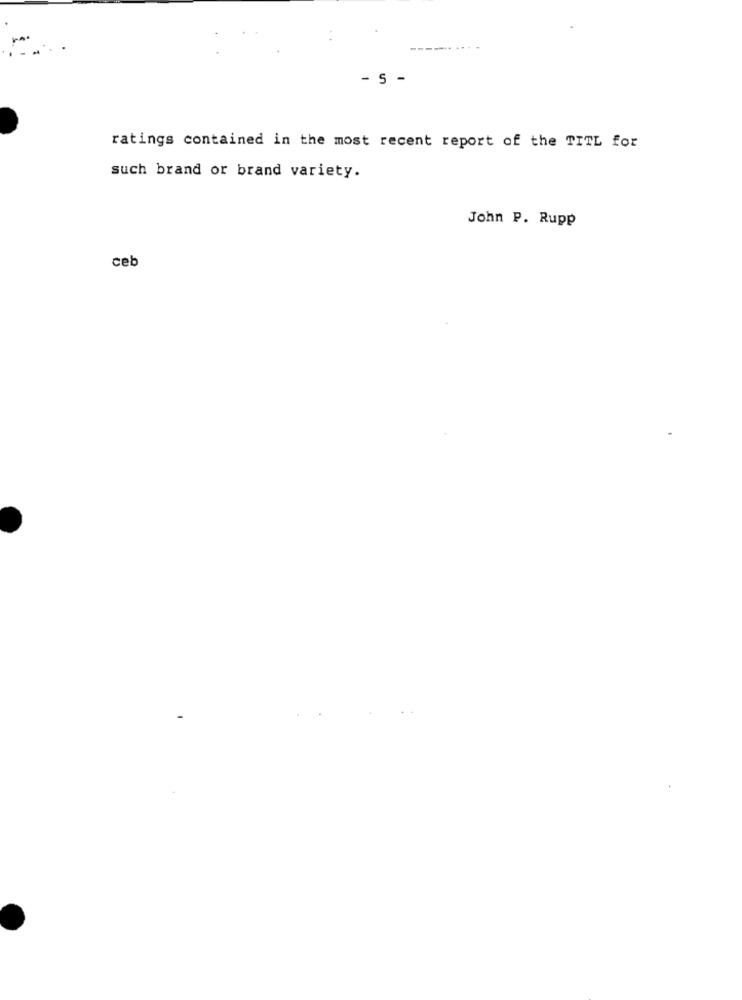
- S -
ratings contained in the most recent report of the TITL for
such brand or brand variety.
John P. Rupp
ceb